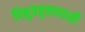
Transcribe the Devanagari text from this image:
विषुववृत्तापाशी